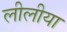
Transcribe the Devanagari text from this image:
लीलीया